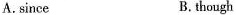
A.since B. though